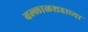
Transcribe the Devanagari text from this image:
बल्लाळशहाच्या